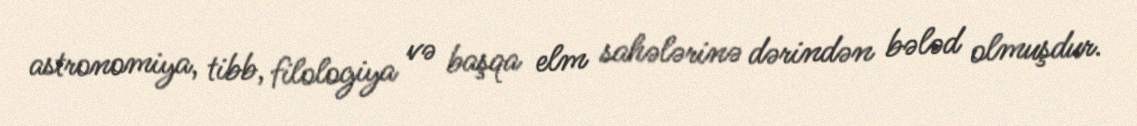
astronomiya, tibb, filologiya və başqa elm sahələrinə dərindən bələd olmuşdur.